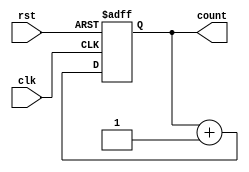
module IncrementalCounter (
    input wire clk,         // Increment Trigger (Clock signal)
    input wire rst,         // Asynchronous Reset signal
    output reg [7:0] count  // Current count value (8-bit wide)
);

    // Always block triggered on the rising edge of the clock or the reset
    always @(posedge clk or posedge rst) begin
        if (rst) begin
            // If reset signal is high, set count to zero
            count <= 8'b0;
        end else begin
            // Increment the counter value
            count <= count + 1;
        end
    end

endmodule